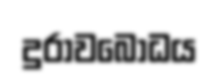
දුරාවබෝධය